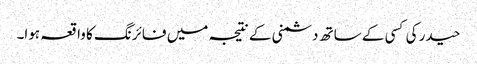
حیدر کی کسی کے ساتھ دشمنی کے نتیجہ میں فائرنگ کا واقعہ ہوا۔